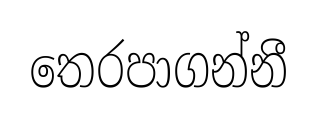
තෙරපාගන්නී